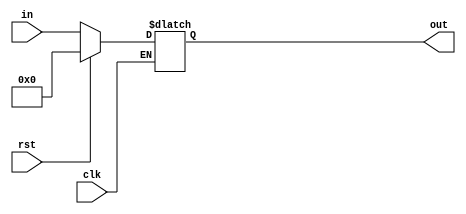
`ifndef DFF_V
`define DFF_V

//16 bit FLip Flop
module DFF(clk,rst,in,out);
	input clk; input  rst;
	input      [15:0] in;
	output reg [15:0] out;

	always @(clk,rst) begin
		if (clk) begin
			out = rst ? 16'b0000000000000000 : in;
		end
	end
endmodule
`endif